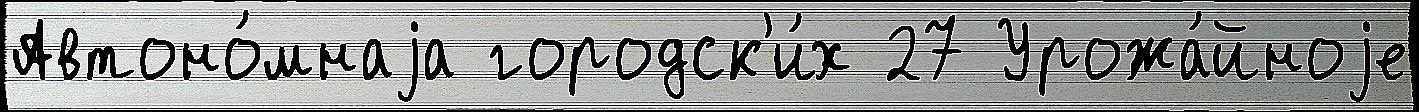
Автоно́мнаjа городск'и́х 27 Урожа́йноjе